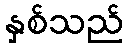
နှစ်သည်